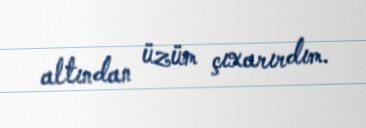
altından üzüm çıxarırdım.